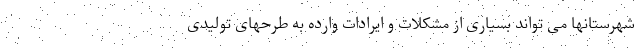
شهرستانها می تواند بسیاری از مشکلات و ایرادات وارده به طرحهای تولیدی